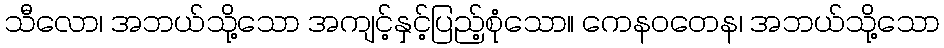
သီလော၊ အဘယ်သို့သော အကျင့်နှင့်ပြည့်စုံသော။ ကေနဝတေန၊ အဘယ်သို့သော